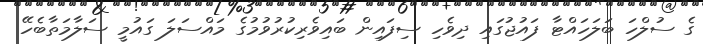
ގެ ސުލްހަ ބަލަހައްޓާ ފައުޖުގައި ދިވެހި ސިފައިން ބައިވެރިކުރުވުމުގެ މައްސަލަ ގައުމީ ސަލާމަތާބެހޭ